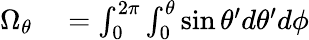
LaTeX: \begin{array}{rl}{\Omega_{\theta}}&{{}=\int_{0}^{2\pi}\int_{0}^{\theta}\sin\theta^{\prime}d\theta^{\prime}d\phi}\end{array}